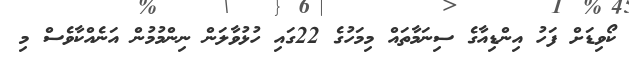
ކޯވިޑަށް ފަހު އިންޑިއާގެ ސިނަމާތައް މިމަހުގެ 22ގައި ހުޅުވާލަން ނިންމުމުން އަނެއްކާވެސް މި